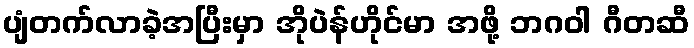
ပျံတက်လာခဲ့အပြီးမှာ အိုပဲန်ဟိုင်မာ အဖို့ ဘဂဝါ ဂီတဆီ